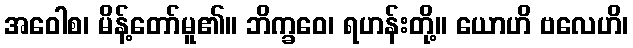
အဝေါစ၊ မိန့်တော်မူ၏။ ဘိက္ခဝေ၊ ရဟန်းတို့။ ယောဟိ ဗလေဟိ၊